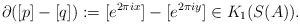
\begin{align*}\partial([p]-[q]):=[e^{2\pi i x}] -[e^{2\pi i y}]\in K_1(S(A)).\end{align*}